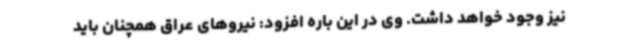
نیز وجود خواهد داشت. وی در این باره افزود: نیروهای عراق همچنان باید